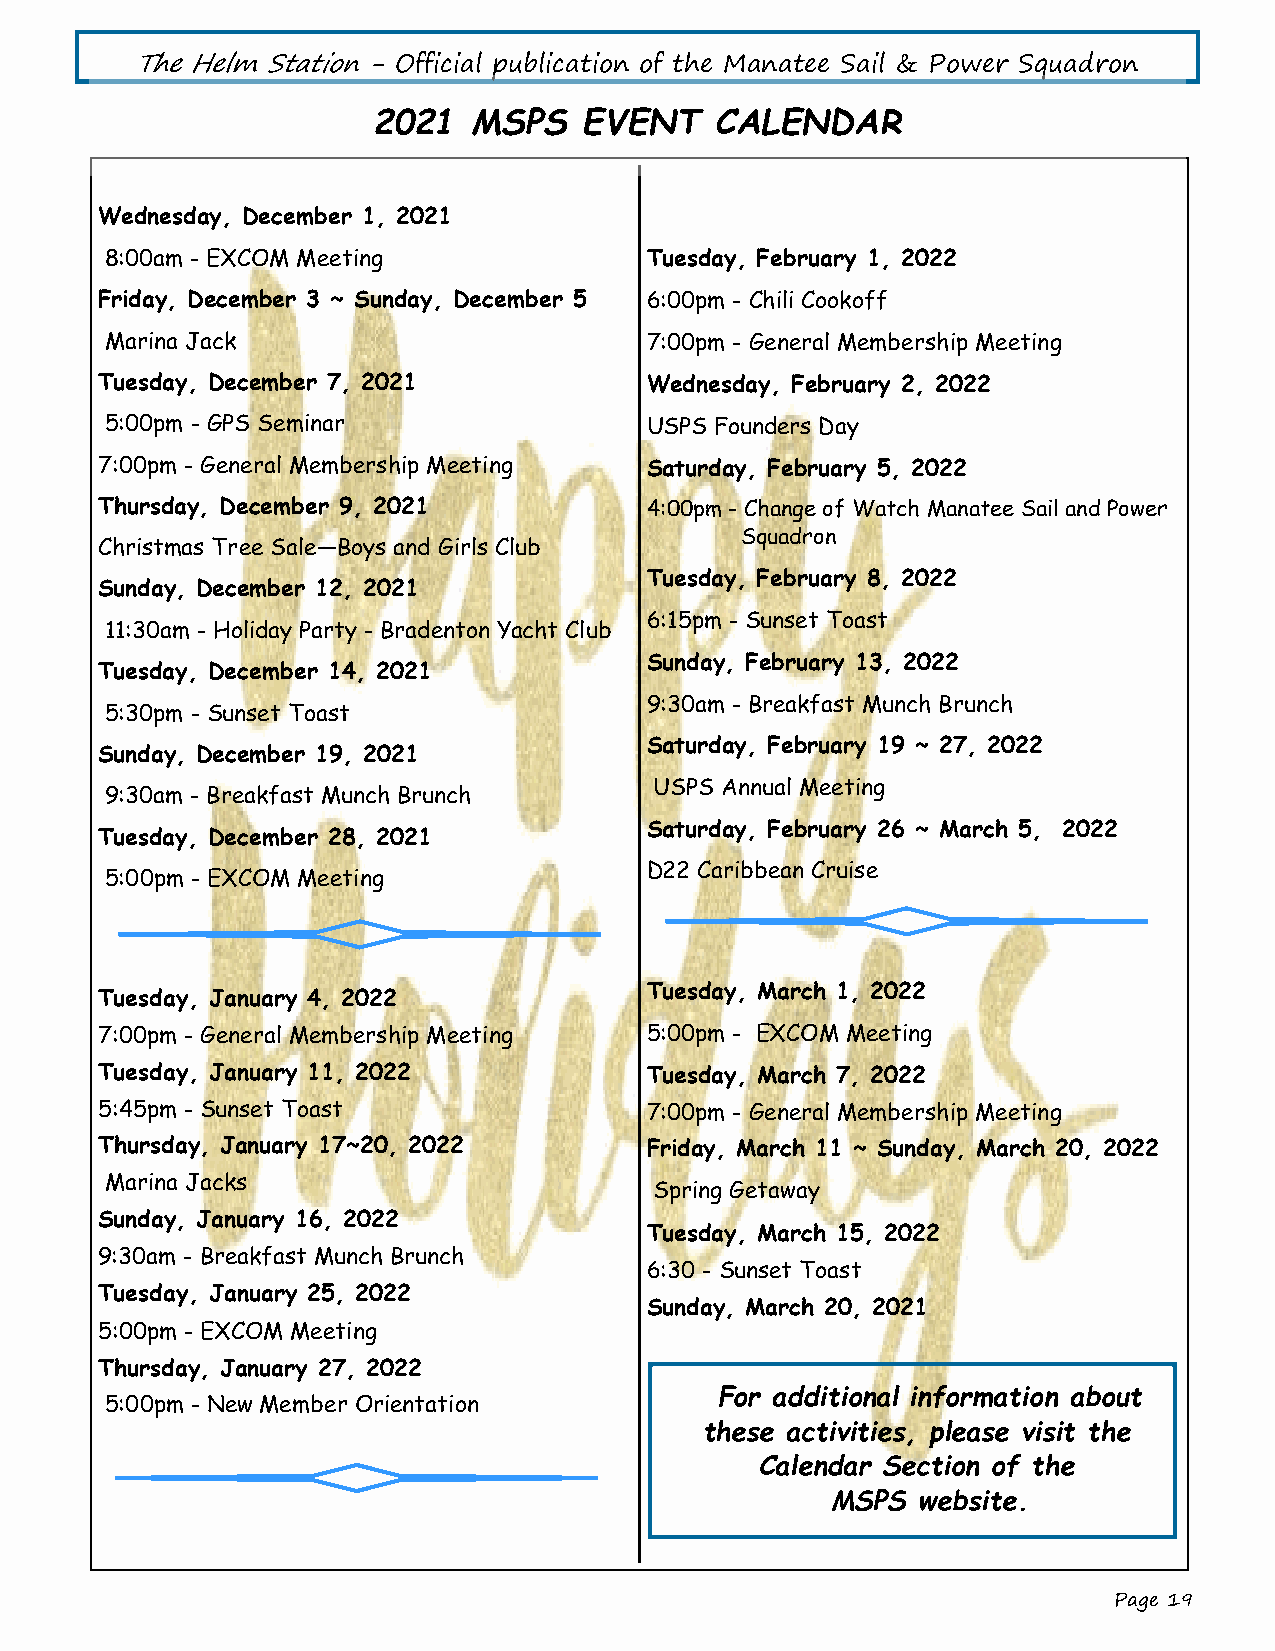
The Helm Station - Official publication of the Manatee Sail & Power Squadron
 2021  MSPS    EVENT   CALENDAR
 Wednesday, December 1, 2021
 8:00am - EXCOM Meeting              Tuesday, February 1, 2022
 Friday, December 3 ~ Sunday, December 5 6:00pm - Chili Cookoff
 Marina Jack                         7:00pm - General Membership Meeting
 Tuesday, December 7, 2021            Wednesday, February 2, 2022
 5:00pm - GPS Seminar                USPS Founders Day
 7:00pm - General Membership Meeting  Saturday, February 5, 2022
 Thursday, December 9, 2021           4:00pm - Change of Watch Manatee Sail and Power
 Squadron
 Christmas Tree Sale—Boys and Girls Club
 Tuesday, February 8, 2022
 Sunday, December 12, 2021
 6:15pm - Sunset Toast
 11:30am - Holiday Party - Bradenton Yacht Club
 Sunday, February 13, 2022
 Tuesday, December 14, 2021
 9:30am - Breakfast Munch Brunch
 5:30pm - Sunset Toast
 Saturday, February 19 ~ 27, 2022
 Sunday, December 19, 2021
 USPS Annual Meeting
 9:30am - Breakfast Munch Brunch
 Saturday, February 26 ~ March 5, 2022
 Tuesday, December 28, 2021
 D22 Caribbean Cruise
 5:00pm - EXCOM Meeting
 Tuesday, March 1, 2022
 Tuesday, January 4, 2022
 7:00pm - General Membership Meeting  5:00pm - EXCOM Meeting
 Tuesday, January 11, 2022            Tuesday, March 7, 2022
 5:45pm - Sunset Toast                7:00pm - General Membership Meeting
 Thursday, January 17~20, 2022        Friday, March 11 ~ Sunday, March 20, 2022
 Marina Jacks
 Spring Getaway
 Sunday, January 16, 2022
 Tuesday, March 15, 2022
 9:30am - Breakfast Munch Brunch
 6:30 - Sunset Toast
 Tuesday, January 25, 2022
 Sunday, March 20, 2021
 5:00pm - EXCOM Meeting
 Thursday, January 27, 2022
 For additional information about
 5:00pm - New Member Orientation
 these activities, please visit the
 Calendar Section of the
 MSPS  website.
 Page 19